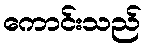
ကောင်းသည်